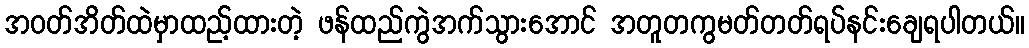
အဝတ်အိတ်ထဲမှာထည့်ထားတဲ့ ဖန်ထည်ကွဲအက်သွားအောင် အတူတကွမတ်တတ်ရပ်နင်းချေရပါတယ်။